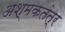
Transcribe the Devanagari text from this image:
अश्मकतंत्र